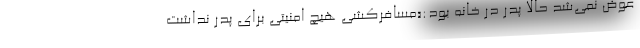
عوض نمي‌شد حالا پدر در خانه بود:«مسافركشي هيچ امنيتي براي پدر نداشت